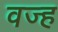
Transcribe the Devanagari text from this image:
वज्ह